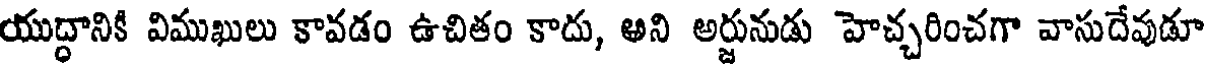
యుద్ధానికి విముఖులు కావడం ఉచితం కాదు, అని అర్జునుడు హెచ్చరించగా వాసుదేవుడూ